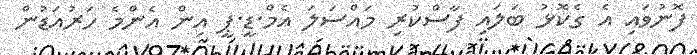
ފޮނުވައި އެ ގެކޮޅު ބަލައި ފާސްކުރި މައްސަލަ އެމް.ޑީ.ޕީ އިން އެންމެ ހަރުއަޑުން